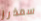
سمذرز